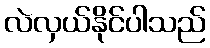
လဲလှယ်နိုင်ပါသည်